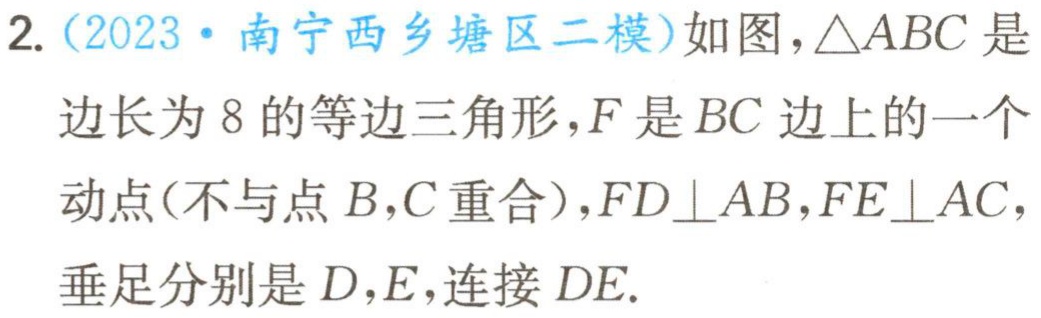
2.（2023·南宁西乡塘区二模）如图，\(\triangle ABC\)是边长为\(8\)的等边三角形，\(F\)是\(BC\)边上的一个动点(不与点\(B,C\)重合)，\(FD\perp AB\)，\(FE\perp AC\)，垂足分别是\(D,E\)，连接\(DE\).